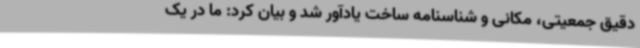
دقیق جمعیتی، مکانی و شناسنامه ساخت یادآور شد و بیان کرد: ما در یک